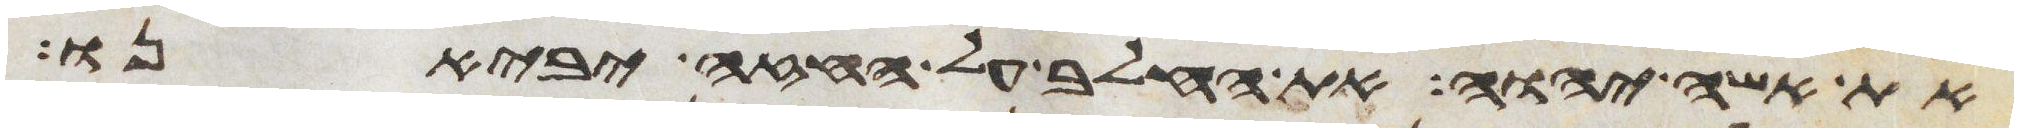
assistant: את אשי יהוה את החלב על החזה יביאנו